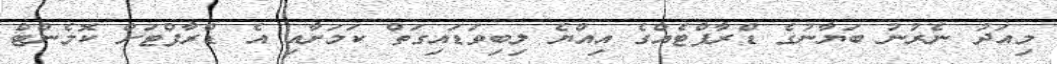
މިއަދު ނެރުނު ބަޔާނުގެ ޑްރާފްޓެއްގެ އިއްޔެ ލިބިވަޑައިގަތް ކަމަށާއި އެ ޑްރާފްޓަށް ކޮމެންޓް